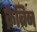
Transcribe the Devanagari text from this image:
क्रैबिन